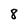
Character: 8